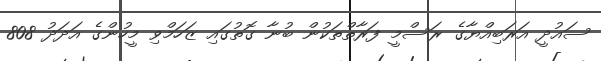
ސައުދީ އަރަބިއްޔާގެ ރަސްމީ ފަރާތްތަކުން ބުނާ ގޮތުގައި ޒަހަމްވި މީހުންގެ އަދަދު 808